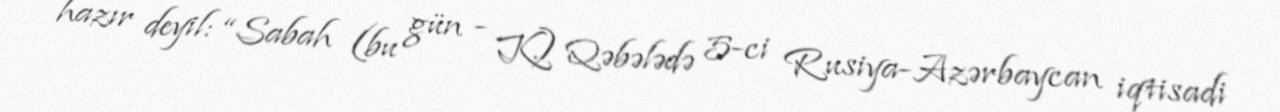
hazır deyil: “Sabah (bu gün - K.) Qəbələdə 5-ci Rusiya-Azərbaycan iqtisadi